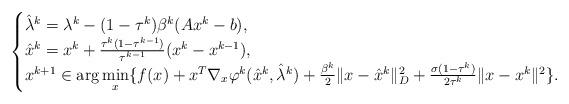
LaTeX: \begin{align*}\begin{cases}\hat{\lambda}^k=\lambda^k-(1-\tau^k)\beta^k(A{x}^{k}-b),\\\hat{x}^k=x^k+\frac{\tau^k(1-\tau^{k-1})}{\tau^{k-1}}(x^k-x^{k-1}),\\x^{k+1}\in\arg\min\limits_x\{ f(x)+x^T\nabla_x\varphi^k(\hat{x}^k,\hat{\lambda}^k)+\frac{\beta^k}{2}\|x-\hat{x}^k\|_D^2+\frac{\sigma(1-\tau^k)}{2\tau^k}\|x-x^k\|^2\}.\end{cases}\end{align*}